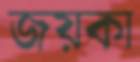
জয়কা